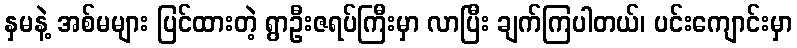
နှမနဲ့ အစ်မများ ပြင်ထားတဲ့ ရွာဦးဇရပ်ကြီးမှာ လာပြီး ချက်ကြပါတယ်၊ ပင်းကျောင်းမှာ